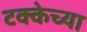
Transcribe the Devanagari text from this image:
टक्केच्या